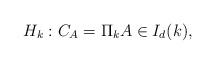
LaTeX: \begin{align*} H_k: C_A = \Pi_{k} A \in I_d(k),\end{align*}